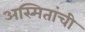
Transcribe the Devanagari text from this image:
अस्मितांची